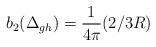
LaTeX: \begin{align*}b_{2}(\Delta_{gh})={ 1\over 4\pi}( 2/3 R)\end{align*}